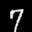
Label: 7